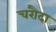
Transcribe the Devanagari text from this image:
चरौदा